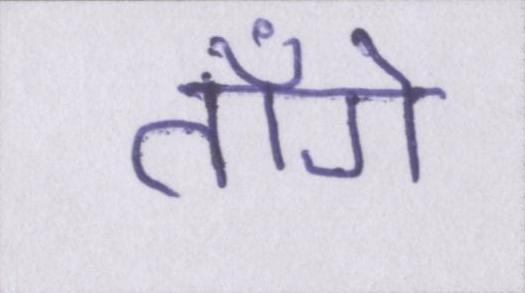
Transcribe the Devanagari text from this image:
ताँगे